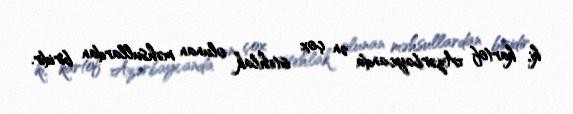
ki, kartof Azərbaycanda ən çox istehlak olunan məhsullardan biridir.